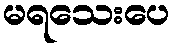
မရသေးပေ